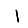
Digit: 1